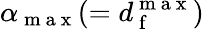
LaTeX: \alpha_{\mathrm{~m~a~x~}}(=d_{\mathrm{~f~}}^{\mathrm{~m~a~x~}})